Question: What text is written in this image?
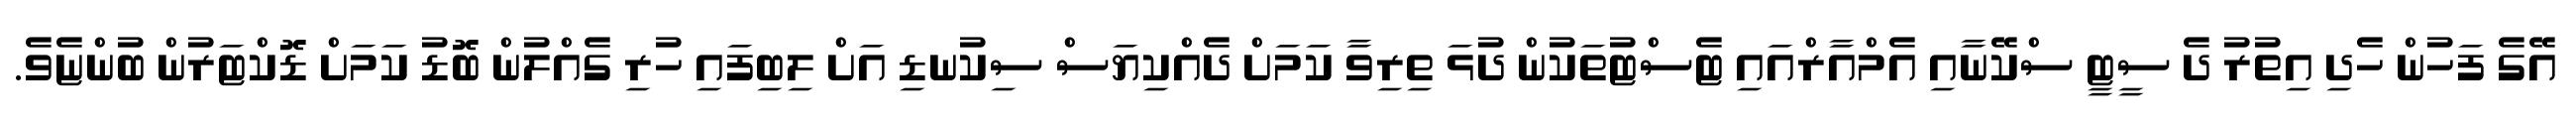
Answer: އޭގެ ފަހުން ހެދި އިތުރު ދެ ސީޓީ ސްކޭނާއި އެމްއާރްއައި ޓެސްޓުތަކުން ދުޅަ ތިރިވާ ކަމަށް ދެއްކިޔަސް ސިކުނޑި އަށް ލިބިފައި ހުރި ގެއްލުން ބޮޑު ކަމަށް ޑޮކްޓަރުން ބުންޏެވެ.